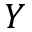
Y